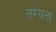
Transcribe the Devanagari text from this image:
तग्यता